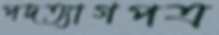
পদত্যাগপত্র